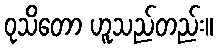
ဝုသိတော ဟူသည်တည်း။